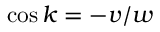
\cos { k } = - v / w